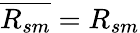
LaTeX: \overline{{R_{sm}}}=R_{sm}